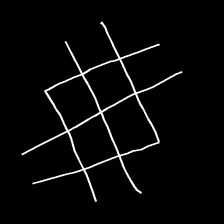
Glyph: crystal